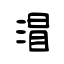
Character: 㴘